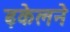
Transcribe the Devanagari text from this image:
ढ़केलने